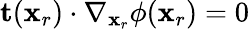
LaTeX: \mathbf{t}(\mathbf{x}_{r})\cdot\nabla_{\mathbf{x}_{r}}\phi(\mathbf{x}_{r})=0